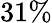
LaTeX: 31\%